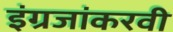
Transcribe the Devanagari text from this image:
इंग्रजांकरवी